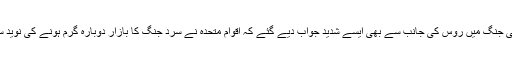
سفارتی جنگ میں روس کی جانب سے بھی ایسے شدید جواب دیے گئے کہ اقوام متحدہ نے سرد جنگ کا بازار دوبارہ گرم ہونے کی نوید سنادی۔